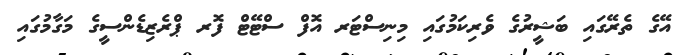
އޭގެ ތެރޭގައި ބަޝީރުގެ ވެރިކަމުގައި މިނިސްޓަރ އޮފް ސްޓޭޓް ފޮރ ޕްރެޒިޑެންސީގެ މަގާމުގައި